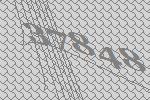
37848